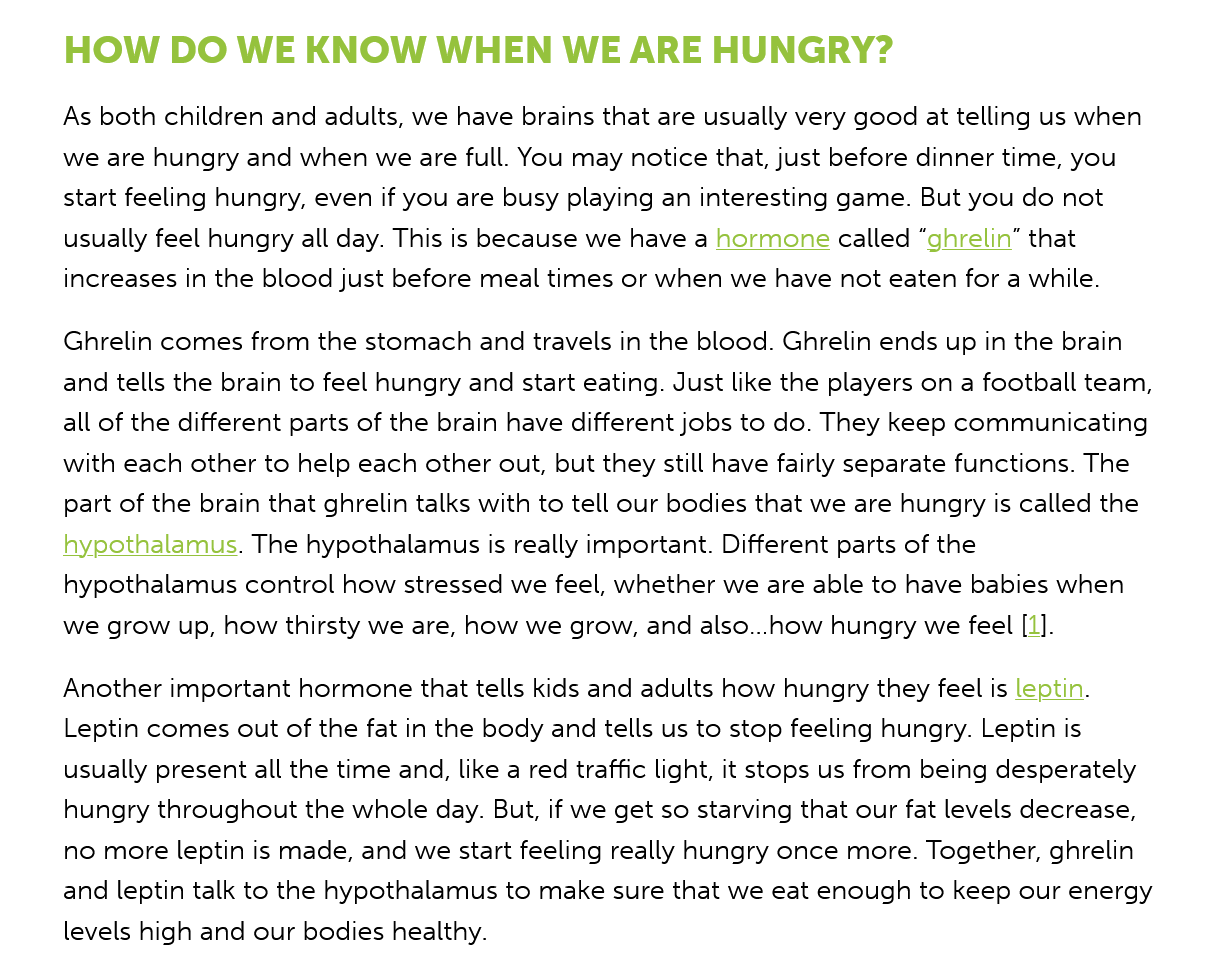
HOW    DO   WE   KNOW    WHEN    WE  ARE    HUNGRY?
     As both children and adults, we have brains that are usually very good at telling us when
     we are hungry and when we are full. You may notice that, just before dinner time, you
     start feeling hungry, even if you are busy playing an interesting game. But you do not
     usually feel hungry all day. This is because we have a hormone called “ghrelin” that

     increases in the blood just before meal times or when we have not eaten for a while.
     Ghrelin comes from the stomach and travels in the blood. Ghrelin ends up in the brain
     and tells the brain to feel hungry and start eating. Just like the players on a football team
     all of the different parts of the brain have different jobs to do. They keep communicating
     with each other to help each other out, but they still have fairly separate functions. The
     part of the brain that ghrelin talks with to tell our bodies that we are hungry is called the
     hypothalamus. The hypothalamus is really important. Different parts of the
     hypothalamus control how stressed we feel, whether we are able to have babies when
     we grow up, how thirsty we are, how we grow, and also...how hungry we feel [1].
     Another important hormone that tells kids and adults how hungry they feel is leptin.
     Leptin comes out of the fat in the body and tells us to stop feeling hungry. Leptin is
     usually present all the time and, like a red traffic light, it stops us from being desperately
     hungry throughout the whole day. But, if we get so starving that our fat levels decrease,
     no more leptin is made, and we start feeling really hungry once more. Together, ghrelin
     and leptin talk to the hypothalamus to make sure that we eat enough to keep our energy
     levels high and our bodies healthy.